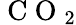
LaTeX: \mathrm{~C~O~}_{2}